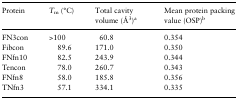
<table><thead><tr><td><b>Protein</b></td><td><b><i>T</i><sub>m</sub> (°C)</b></td><td><b>Total cavity volume (Å<sup>3</sup>)<sup>a</sup></b></td><td><b>Mean protein packing value (OSP)<sup>b</sup></b></td></tr></thead><tbody><tr><td>FN3con</td><td>&gt;100</td><td>60.8</td><td>0.354</td></tr><tr><td>Fibcon</td><td>89.6</td><td>171.0</td><td>0.350</td></tr><tr><td>FNfn10</td><td>82.5</td><td>243.9</td><td>0.344</td></tr><tr><td>Tencon</td><td>78.0</td><td>260.7</td><td>0.343</td></tr><tr><td>FNfn8</td><td>58.0</td><td>185.8</td><td>0.356</td></tr><tr><td>TNfn3</td><td>57.1</td><td>334.1</td><td>0.335</td></tr></tbody></table>